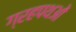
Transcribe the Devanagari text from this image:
ग्रहपथओं